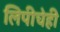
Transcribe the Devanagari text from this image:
लिपीचेही